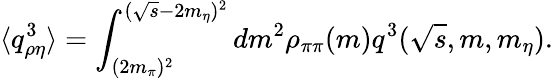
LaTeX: \langle q_{\rho\eta}^{3}\rangle=\int_{(2m_{\pi})^{2}}^{(\sqrt{s}-2m_{\eta})^{2}}dm^{2}\rho_{\pi\pi}(m)q^{3}(\sqrt{s},m,m_{\eta}).